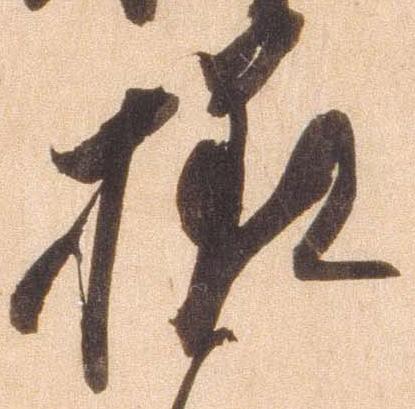
様